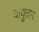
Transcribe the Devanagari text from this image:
वायुताप